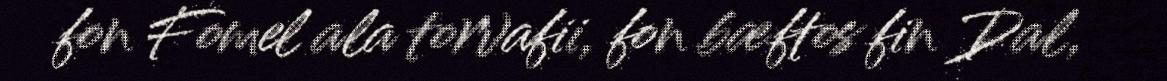
fon Fomel ala torvafii, fon bæftos fin Dal,